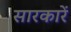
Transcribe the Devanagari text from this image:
सारकारें